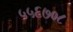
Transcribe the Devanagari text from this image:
५५६७०८